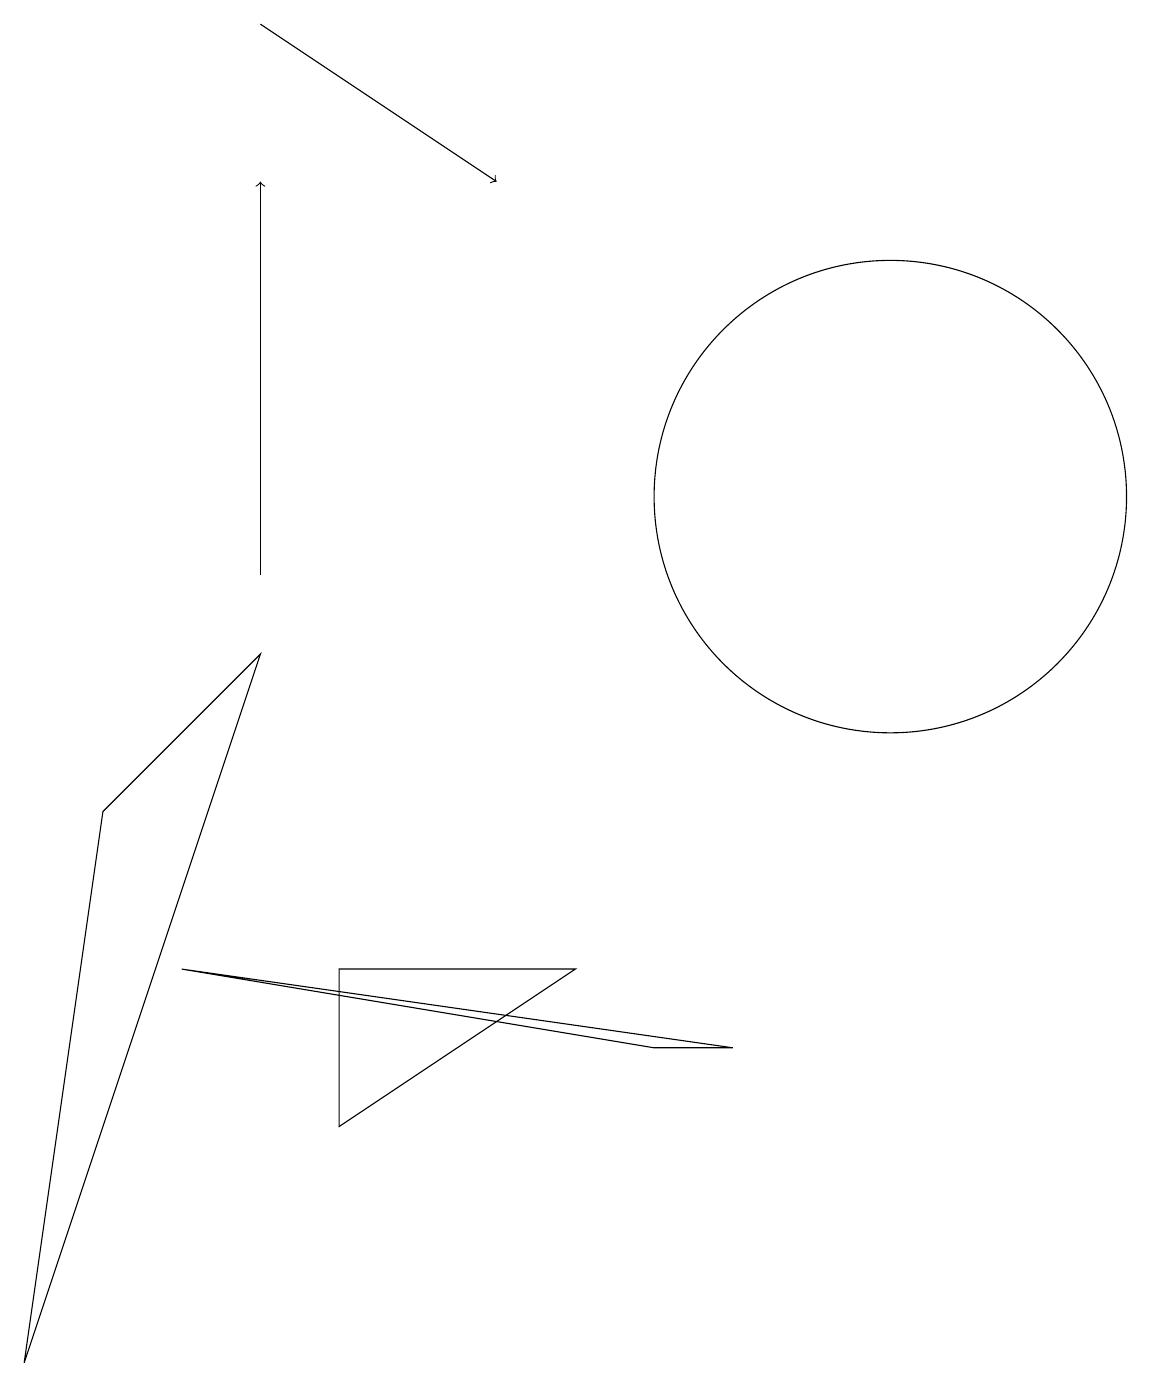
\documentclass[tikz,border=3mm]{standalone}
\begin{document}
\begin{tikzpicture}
\draw[->] (3,10) -- (3,15);
\draw (11,11) circle (3);
\draw (4,5) -- (7,5) -- (4,3) -- cycle;
\draw (3,9) -- (1,7) -- (0,0) -- cycle;
\draw[->] (3,17) -- (6,15);
\draw (8,4) -- (2,5) -- (9,4) -- cycle;
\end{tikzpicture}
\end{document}